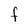
Character: F